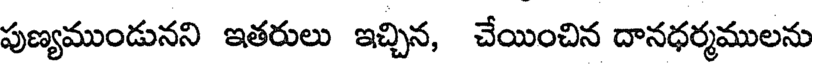
పుణ్యముండునని ఇతరులు ఇచ్చిన, చేయించిన దానధర్మములను